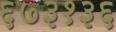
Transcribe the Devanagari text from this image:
६७३१३६